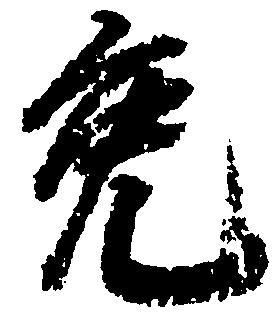
免